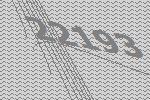
22193